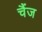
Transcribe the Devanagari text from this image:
चैंज